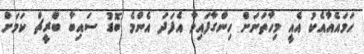
ހަމައެއާއެކު އެއީ މިހާތަނަށް ހިންގާފައިވާ އެފަދަ އެންމެ ބޮޑު ސައިބާ ބްރީޗް ކަމަށް